Mental hospitals Bombay report 1929-33 - 1929-1933
Year: 1929
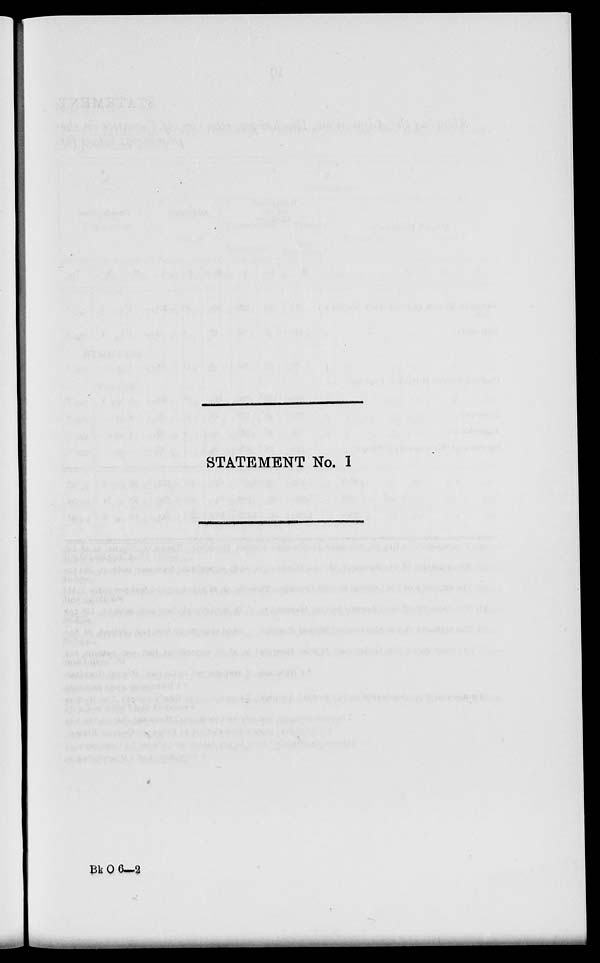
STATEMENT No. 1
Bk O 6—2